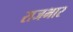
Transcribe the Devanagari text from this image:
राजभार